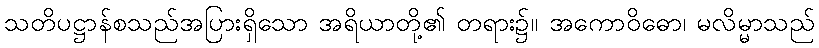
သတိပဋ္ဌာန်စသည်အပြားရှိသော အရိယာတို့၏ တရား၌။ အကောဝိဓော၊ မလိမ္မာသည်